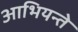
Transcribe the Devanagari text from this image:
आभियन्ते